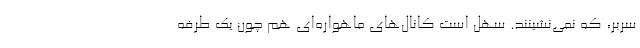
سَر‌بَر، که نمی‌نشینند. سهل است کانال‌های ماهواره‌ای هم چون یک طرفه